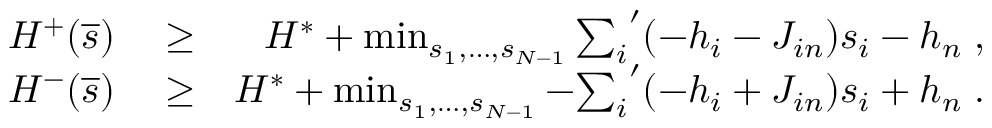
\begin{array} { r l r } { { \cal H } ^ { + } ( \overline { { s } } ) } & { { } \ge } & { { \cal H } ^ { * } + \operatorname* { m i n } _ { s _ { 1 } , \ldots , s _ { N - 1 } } { \sum _ { i } } ^ { \prime } ( - h _ { i } - J _ { i n } ) s _ { i } - h _ { n } \; , } \\ { { \cal H } ^ { - } ( \overline { { s } } ) } & { { } \ge } & { { \cal H } ^ { * } + \operatorname* { m i n } _ { s _ { 1 } , \ldots , s _ { N - 1 } } - { \sum _ { i } } ^ { \prime } ( - h _ { i } + J _ { i n } ) s _ { i } + h _ { n } \; . } \end{array}